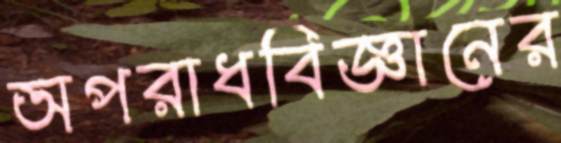
অপরাধবিজ্ঞানের